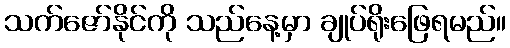
သက်ဇော်နိုင်ကို သည်နေ့မှာ ချုပ်ရိုးဖြေရမည်။